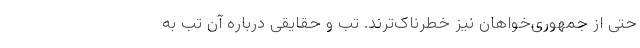
حتی از جمهوری‌خواهان نیز خطرناک‌ترند. تب و حقایقی درباره آن تب به